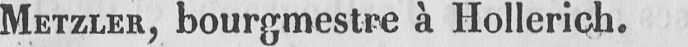
METZLER, bourgmestre à Hollerich.